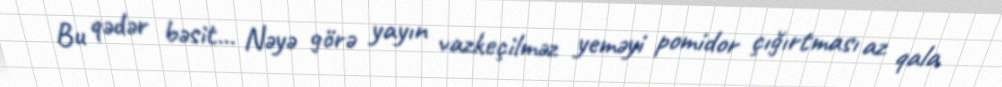
Bu qədər bəsit... Nəyə görə yayın vazkeçilməz yeməyi pomidor çığırtması az qala